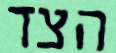
הצד